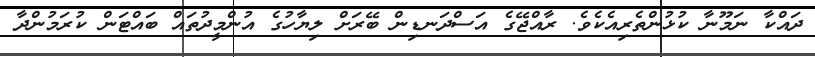
ދައްކާ ނަމޫނާ ކުޅުންތެރިއެކެވެ. ރާއްޖޭގެ އަސްދަނޑިން ބޭރަށް ލިޔާހުގެ އުންމީދުތައް ބައްޓަން ކުރަމުންދާ